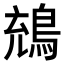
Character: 𪁇